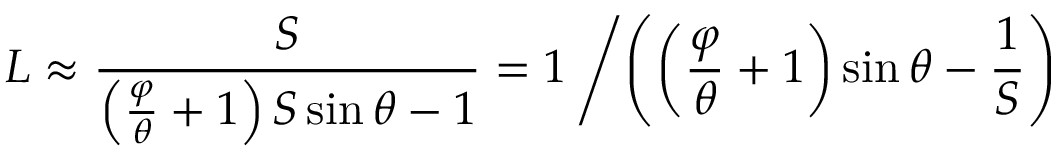
L \approx { \frac { S } { \left( { \frac { \varphi } { \theta } } + 1 \right) S \sin \theta - 1 } } = 1 \left/ \left( \left( { \frac { \varphi } { \theta } } + 1 \right) \sin \theta - { \frac { 1 } { S } } \right) \right.